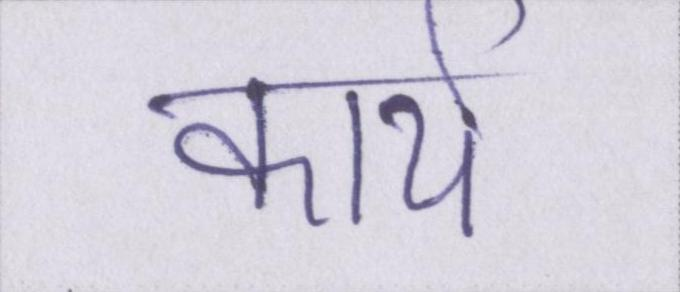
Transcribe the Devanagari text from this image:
कार्य।